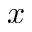
\boldsymbol { x }